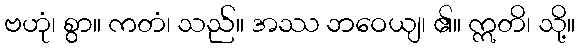
ဗဟုံ၊ စွာ။ ကတံ၊ သည်။ အဿ ဘဝေယျ၊ ၏။ ဣတိ၊ သို့။